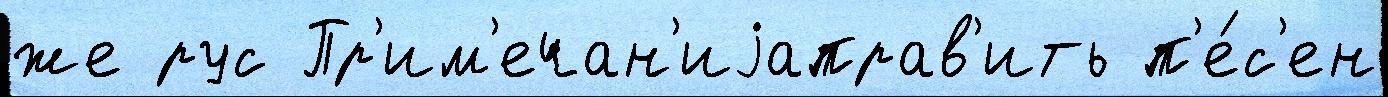
же рус Пр'им'ечан'иjаправ'ить п'е́с'ен